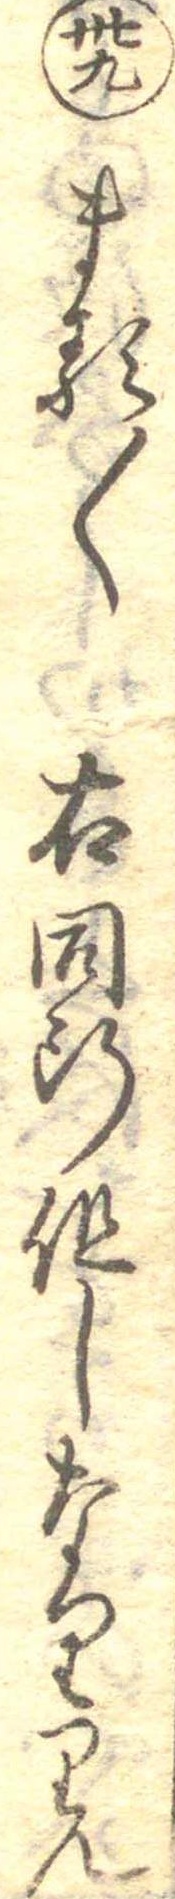
卅九まる〱右同断但しなりりん